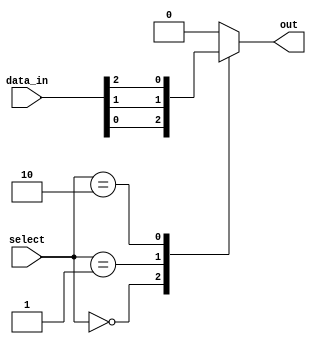
module mux_32to1 (
    input [31:0] data_in,
    input [4:0] select,
    output reg out
);

reg [31:0] mux_out;

always @ (*) begin
    case (select)
        5'b00000: mux_out = data_in[0];
        5'b00001: mux_out = data_in[1];
        5'b00010: mux_out = data_in[2];
        // add cases for all 32 input signals
        default: mux_out = 32'b0; // default output is all zeros
    endcase
end

assign out = mux_out;

endmodule